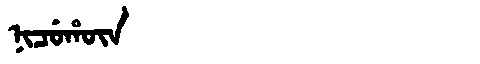
Manchu: ᠨᡳᠴᡠᡥᡡᠨ
Romanization: NICUHŪN